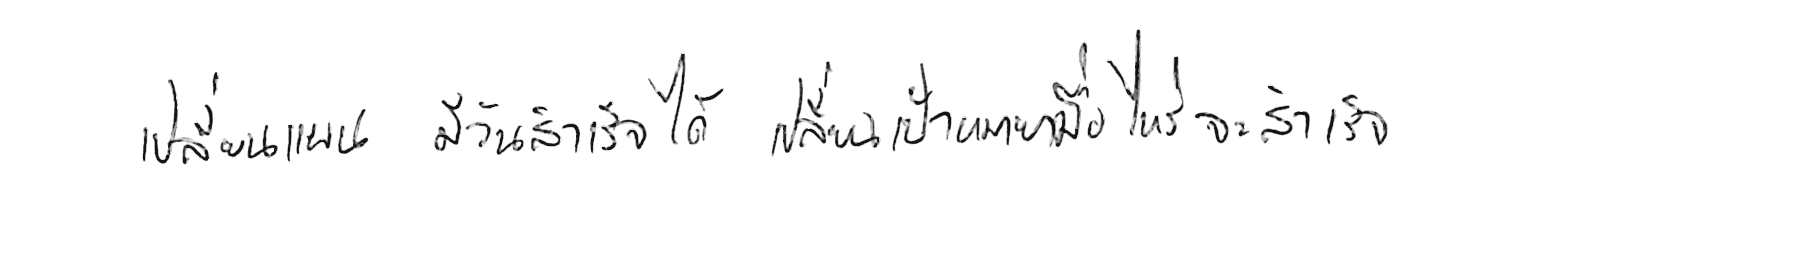
เปลี่ยนแผน มีวันสำเร็จได้ เปลี่ยนเป้าหมาย เมื่อไหร่จะสำเร็จ